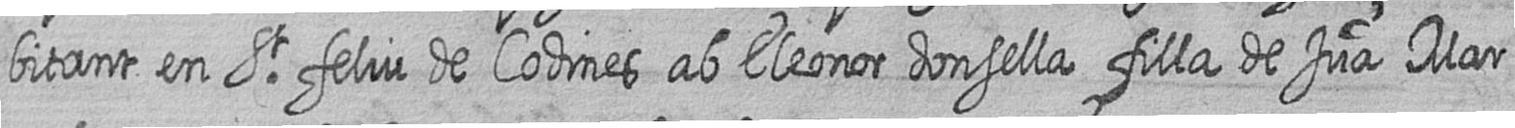
bitant en St feliu de Codines ab Eleonor donsella filla de Jua Mar=